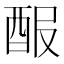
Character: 𨠡